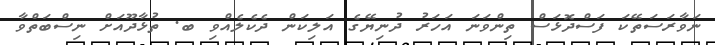
ނަވާރަސަތޭކަ ފަސްދޮޅަސް ތިންވަނަ އަހަރު ދުނިޔޭގެ އަލިކަން ދެކެލެއްވި ބ. ތުޅާދޫއަށް ނިސްބަތްވާ